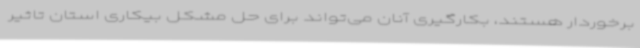
برخوردار هستند، بکارگیری آنان می‌تواند برای حل مشکل بیکاری استان تاثیر